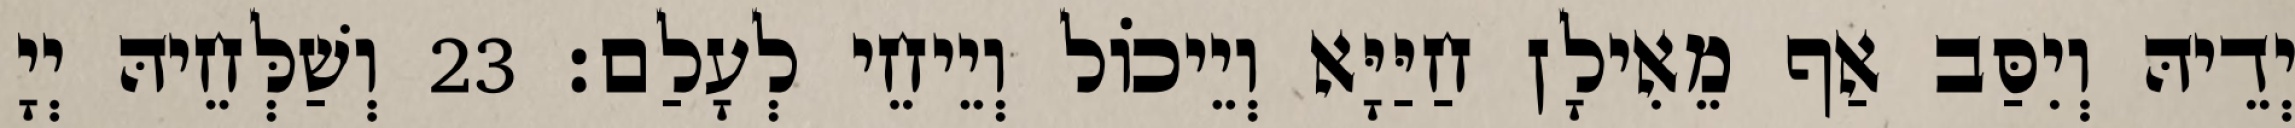
יְדֵיהּ וְיִסַּב אַף מֵאִילָן חַיַּיָּא וְיֵיכוֹל וְיֵיחֵי לְעָלַם׃ 23 וְשַׁלְּחֵיהּ יְיָ